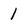
Character: 1